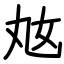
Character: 奿